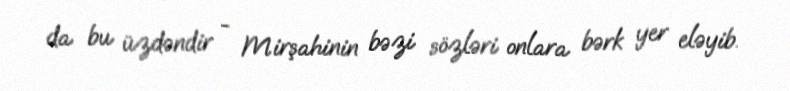
da bu üzdəndir - Mirşahinin bəzi sözləri onlara bərk yer eləyib.